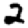
Digit: 2